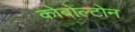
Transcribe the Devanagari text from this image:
कोबोल्टोन